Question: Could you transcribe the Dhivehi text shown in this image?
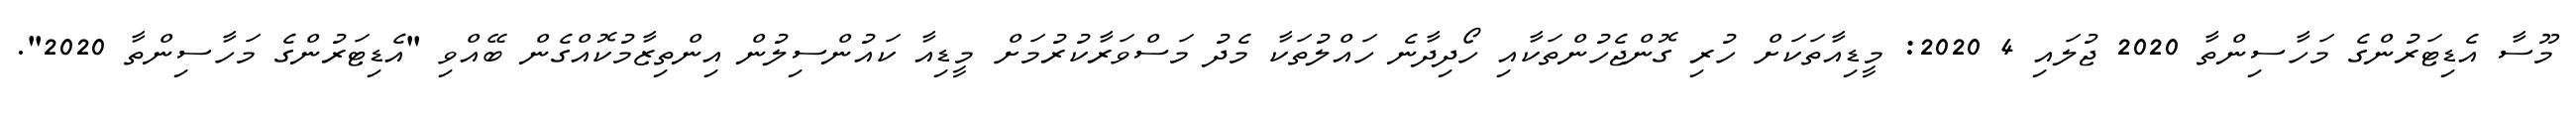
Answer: މޫސާ އެޑިޓަރުންގެ މަހާސިންތާ 2020 ޖުލައި 4 2020: މީޑިއާތަކަށް ހުރި ގޮންޖެހުންތަކާއި ހޯދިދާނެ ހައްލުތަކާ މެދު މަސްވަރާކުރުމަށް މީޑިއާ ކައުންސިލުން އިންތިޒާމުކޮއްގެން ބޭއްވި "އެޑިޓަރުންގެ މަހާސިންތާ 2020".